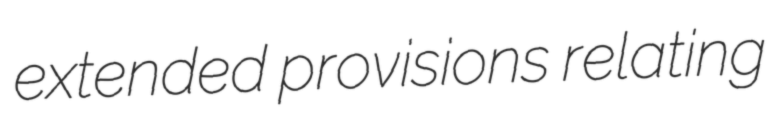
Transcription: extended provisions relating